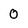
Character: 0